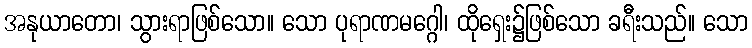
အနုယာတော၊ သွားရာဖြစ်သော။ သော ပုရာဏမဂ္ဂေါ၊ ထိုရှေး၌ဖြစ်သော ခရီးသည်။ သော